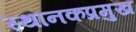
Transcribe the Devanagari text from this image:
स्थानकप्रमुख